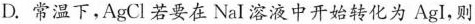
D.常温下，AgCl若要在NaI溶液中开始转化为AgI，则